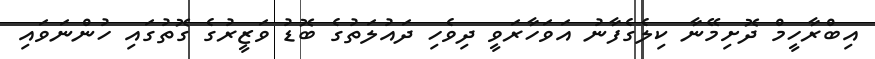
އިބްރާހީމް ދޮށިމޭނާ ކިލެގެފާނު އަވަހާރަވީ ދިވެހި ދައުލަތުގެ ބޮޑު ވަޒީރުގެ ގޮތުގައި ހުންނަވައި